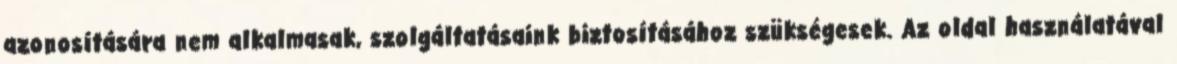
azonosítására nem alkalmasak, szolgáltatásaink biztosításához szükségesek. Az oldal használatával